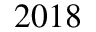
2 0 1 8